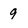
Character: 9